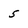
Character: 5